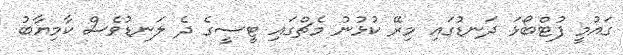
ގައުމީ ފުޓްބޯޅަ ދަނޑުގައި މިރޭ ކުޅުނު މެޗްގައި ޓީސީގެ ދެ ލަނޑުވެސް ކާމިޔާބު